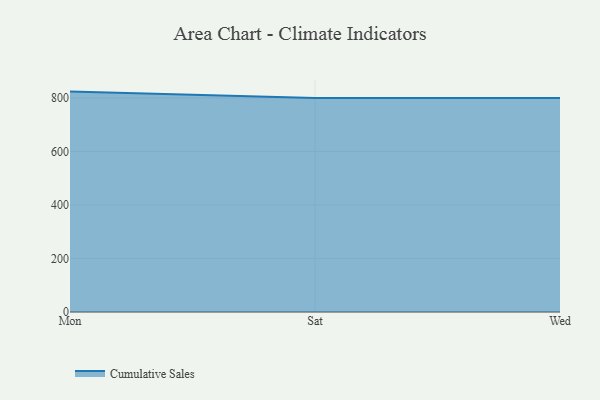
{"axis": {"x": "Day", "y": "Energy Usage (MWh)"}, "legend": ["Cumulative Sales"], "data": [{"x": "Mon", "y": 823.7, "type": "Cumulative Sales"}, {"x": "Sat", "y": 800, "type": "Cumulative Sales"}, {"x": "Wed", "y": 800, "type": "Cumulative Sales"}]}